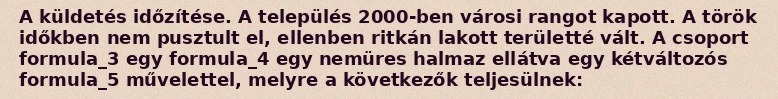
A küldetés időzítése. A település 2000-ben városi rangot kapott. A török időkben nem pusztult el, ellenben ritkán lakott területté vált. A csoport formula_3 egy formula_4 egy nemüres halmaz ellátva egy kétváltozós formula_5 művelettel, melyre a következők teljesülnek: